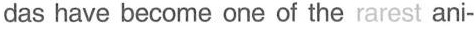
das have become one of the rarest ani-